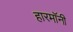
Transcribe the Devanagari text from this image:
हारमॉनी